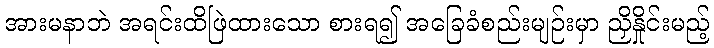
အားမနာဘဲ အရင်းထိဖြဲထားသော စားရ၍ အခြေခံစည်းမျဉ်းမှာ ညှိနှိုင်းမည့်